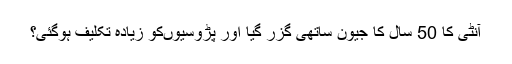
آنٹی کا 50 سال کا جیون ساتھی گزر گیا اور پڑوسیوں‌کو زیادہ تکلیف ہوگئی؟